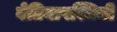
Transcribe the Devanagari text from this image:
बेतियापश्चिमी